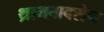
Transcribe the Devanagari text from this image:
थ्रामबाक्सेन